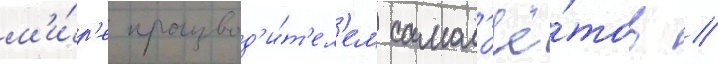
м'и́р'е производ'и́т'ел'ем самол'ё́тов //